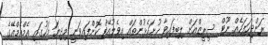
ރަންދިހަފަހެއް ނޫޓް ސީރީޒްއަށް ލިބިފައިވާ ހުށަހެޅުންތައް އިވެލުއޭޓް ކޮށްފައިވަނީ މިދިޔަ މަހުގައި އެމްއެމްއޭގެ